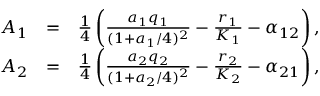
\begin{array} { r l r } { A _ { 1 } } & { = } & { \frac { 1 } { 4 } \left( \frac { a _ { 1 } q _ { 1 } } { ( 1 + a _ { 1 } / 4 ) ^ { 2 } } - \frac { r _ { 1 } } { K _ { 1 } } - \alpha _ { 1 2 } \right) , } \\ { A _ { 2 } } & { = } & { \frac { 1 } { 4 } \left( \frac { a _ { 2 } q _ { 2 } } { ( 1 + a _ { 2 } / 4 ) ^ { 2 } } - \frac { r _ { 2 } } { K _ { 2 } } - \alpha _ { 2 1 } \right) , } \end{array}